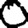
Digit: 0